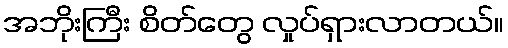
အဘိုးကြီး စိတ်တွေ လှုပ်ရှားလာတယ်။